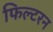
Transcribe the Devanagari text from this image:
फिल्टरन